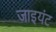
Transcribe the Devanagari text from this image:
जाइयंट